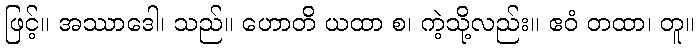
ဖြင့်။ အဿာဒေါ၊ သည်။ ဟောတိ ယထာ စ၊ ကဲ့သို့လည်း။ ဧဝံ တထာ၊ တူ။